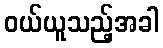
ဝယ်ယူသည့်အခါ